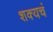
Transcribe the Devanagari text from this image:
शक्यचं